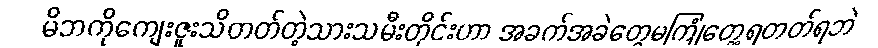
မိဘကိုကျေးဇူးသိတတ်တဲ့သားသမီးတိုင်းဟာ အခက်အခဲတွေမကြုံတွေ့ရတတ်ရဘဲ